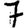
Digit: 7